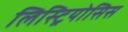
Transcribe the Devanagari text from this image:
लिस्ट्रियोसिस